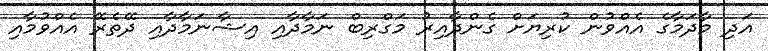
އަދި މާދަމާގެ އެއްވުން ކުރިޔަށް ގެންދާއިރު މަގްރިބް ނަމާދާއި އިޝާނަމާދާއި ދޭތެރޭ އެއްވުމާއި